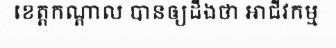
ខេត្តកណ្តាល បានឲ្យដឹងថា អាជីវកម្ម